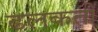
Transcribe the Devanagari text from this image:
ढलकती